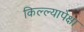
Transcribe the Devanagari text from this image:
किल्ल्यापेक्षा